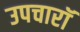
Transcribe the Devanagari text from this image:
उपचारॉ